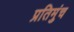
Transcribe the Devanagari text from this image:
प्रतिमुंच